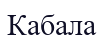
Кабала